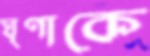
ঘৃণাকে